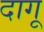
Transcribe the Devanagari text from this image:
दागू